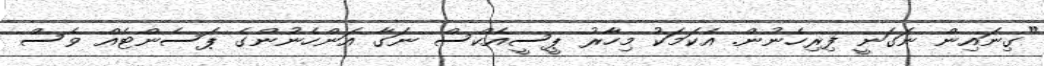
"ގިނައިން ނަގަނީ ފިރިހެނުން. އެކަމަކު މިހާރު ޕީސީއެކްސް ނަގާ އަންހެނުންގެ ޕަސެންޓެއް ވެސް